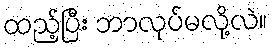
ထည့်ပြီး ဘာလုပ်မလို့လဲ။